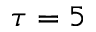
\tau = 5